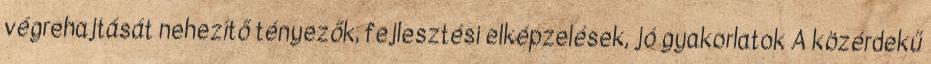
végrehajtását nehezítő tényezők, fejlesztési elképzelések, jó gyakorlatok A közérdekű